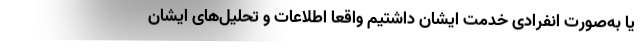
یا به‌صورت انفرادی خدمت ایشان داشتیم واقعاً اطلاعات و تحلیل‌های ایشان